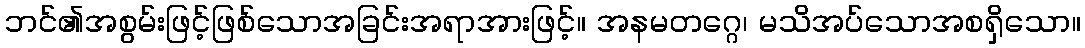
ဘင်၏အစွမ်းဖြင့်ဖြစ်သောအခြင်းအရာအားဖြင့်။ အနမတဂ္ဂေ၊ မသိအပ်သောအစရှိသော။